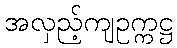
အလှည့်ကျဥက္ကဋ္ဌ